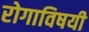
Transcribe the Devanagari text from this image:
रोगाविषयी